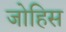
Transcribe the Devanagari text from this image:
जोहिस